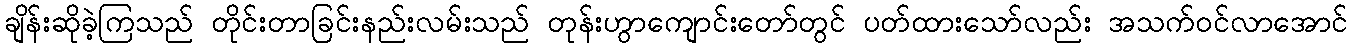
ချိန်းဆိုခဲ့ကြသည် တိုင်းတာခြင်းနည်းလမ်းသည် တုန်းဟွာကျောင်းတော်တွင် ပတ်ထားသော်လည်း အသက်ဝင်လာအောင်